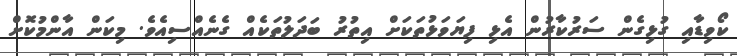
ކޯވިޑާއި ގުޅިގެން ސަރުކާރުން އެޅި ފިޔަވަޅުތަކަށް އިތުރު ބަދަލުތަކެއް ގެނެއްސިއެވެ. މިކަން އާންމުކޮށް